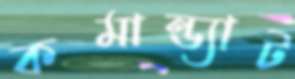
কমান্ড্যাট